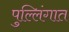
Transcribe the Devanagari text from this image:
पुल्लिंगात